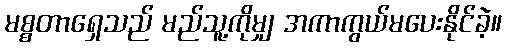
မစ္စတာရှေသည် မည်သူ့ကိုမျှ အကာကွယ်မပေးနိုင်ခဲ့။